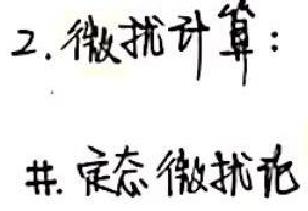
2. 微扰计算：
#. 定态微扰论